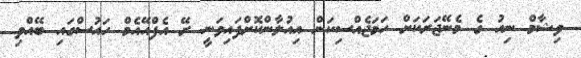
ވިޝާމް ނިއު ގެ މެނޭޖަރަކަށް ހަމަޖެއްސިކަން އިއުލާންކޮށްފައިވަނީ ރޭ އެފްއޭއެމް ހައުސްގައި ބޭއްވި